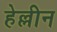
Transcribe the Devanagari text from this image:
हेल्लीन